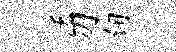
沃刃甸